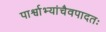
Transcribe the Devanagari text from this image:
पार्श्वाभ्यांचैवपादतः